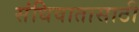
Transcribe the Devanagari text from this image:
संधिवातासाठी